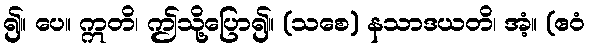
၍။ ပေ။ ဣတိ၊ ဤသို့ပြော၍။ (သစေ) နသာဒယတိ၊ အံ့။ (ဧဝံ